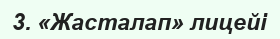
3. «Жасталап» лицейі